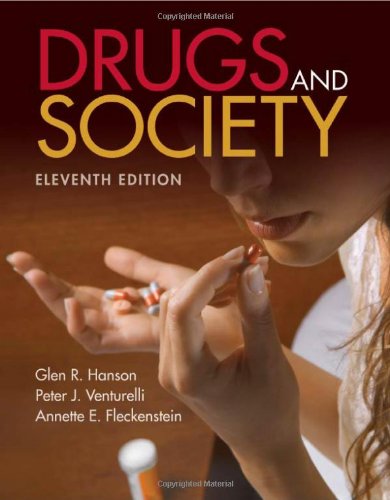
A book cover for Drugs And Society, 11th Edition; Glen R. Hanson; Health, Fitness & Dieting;